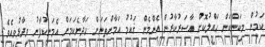
ކަމުން މިކަންކަން ޙައްލުކޮށް އާސަރުކާރުން އެންމެން ޤައުމު އަމާންތަނަށް ހަދާނެކަމަށް އެމަނިކުފާނު ވިދާޅުވިއެވެ.